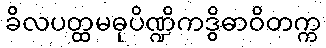
ခိလပတ္ထမဓုပိဏ္ဍိကဒွိဓာဝိတက္က